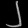
Digit: ၂